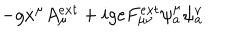
LaTeX: - g \dot { x } ^ { \mu } A _ { \mu } ^ { e x t } + i g e F _ { \mu \nu } ^ { e x t } \psi _ { a } ^ { \mu } \psi _ { a } ^ { \nu }